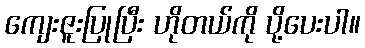
ကျေးဇူးပြုပြီး ဟိုတယ်ကို ပို့ပေးပါ။